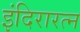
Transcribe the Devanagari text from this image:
इंदिरारत्‍न